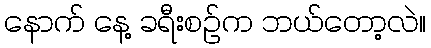
နောက် နေ့ ခရီးစဉ်က ဘယ်တော့လဲ။